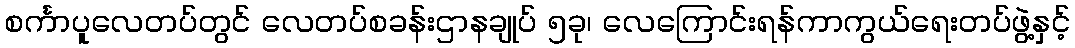
စင်္ကာပူလေတပ်တွင် လေတပ်စခန်းဌာနချုပ် ၅ခု၊ လေကြောင်းရန်ကာကွယ်ရေးတပ်ဖွဲ့နှင့်